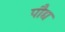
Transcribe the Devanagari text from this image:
पौद्य